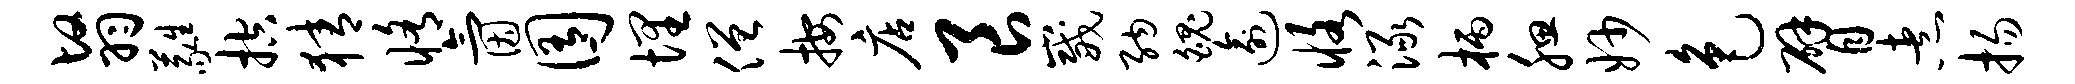
翳蕤控猜修氤囿埋僧按店良崴纳魄逾恪渌柄腮妙色臂煮扬